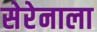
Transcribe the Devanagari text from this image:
सेरेनाला